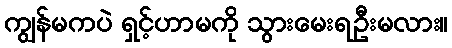
ကျွန်မကပဲ ရှင့်ဟာမကို သွားမေးရဦးမလား။